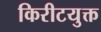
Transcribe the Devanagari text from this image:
किरीटयुक्त